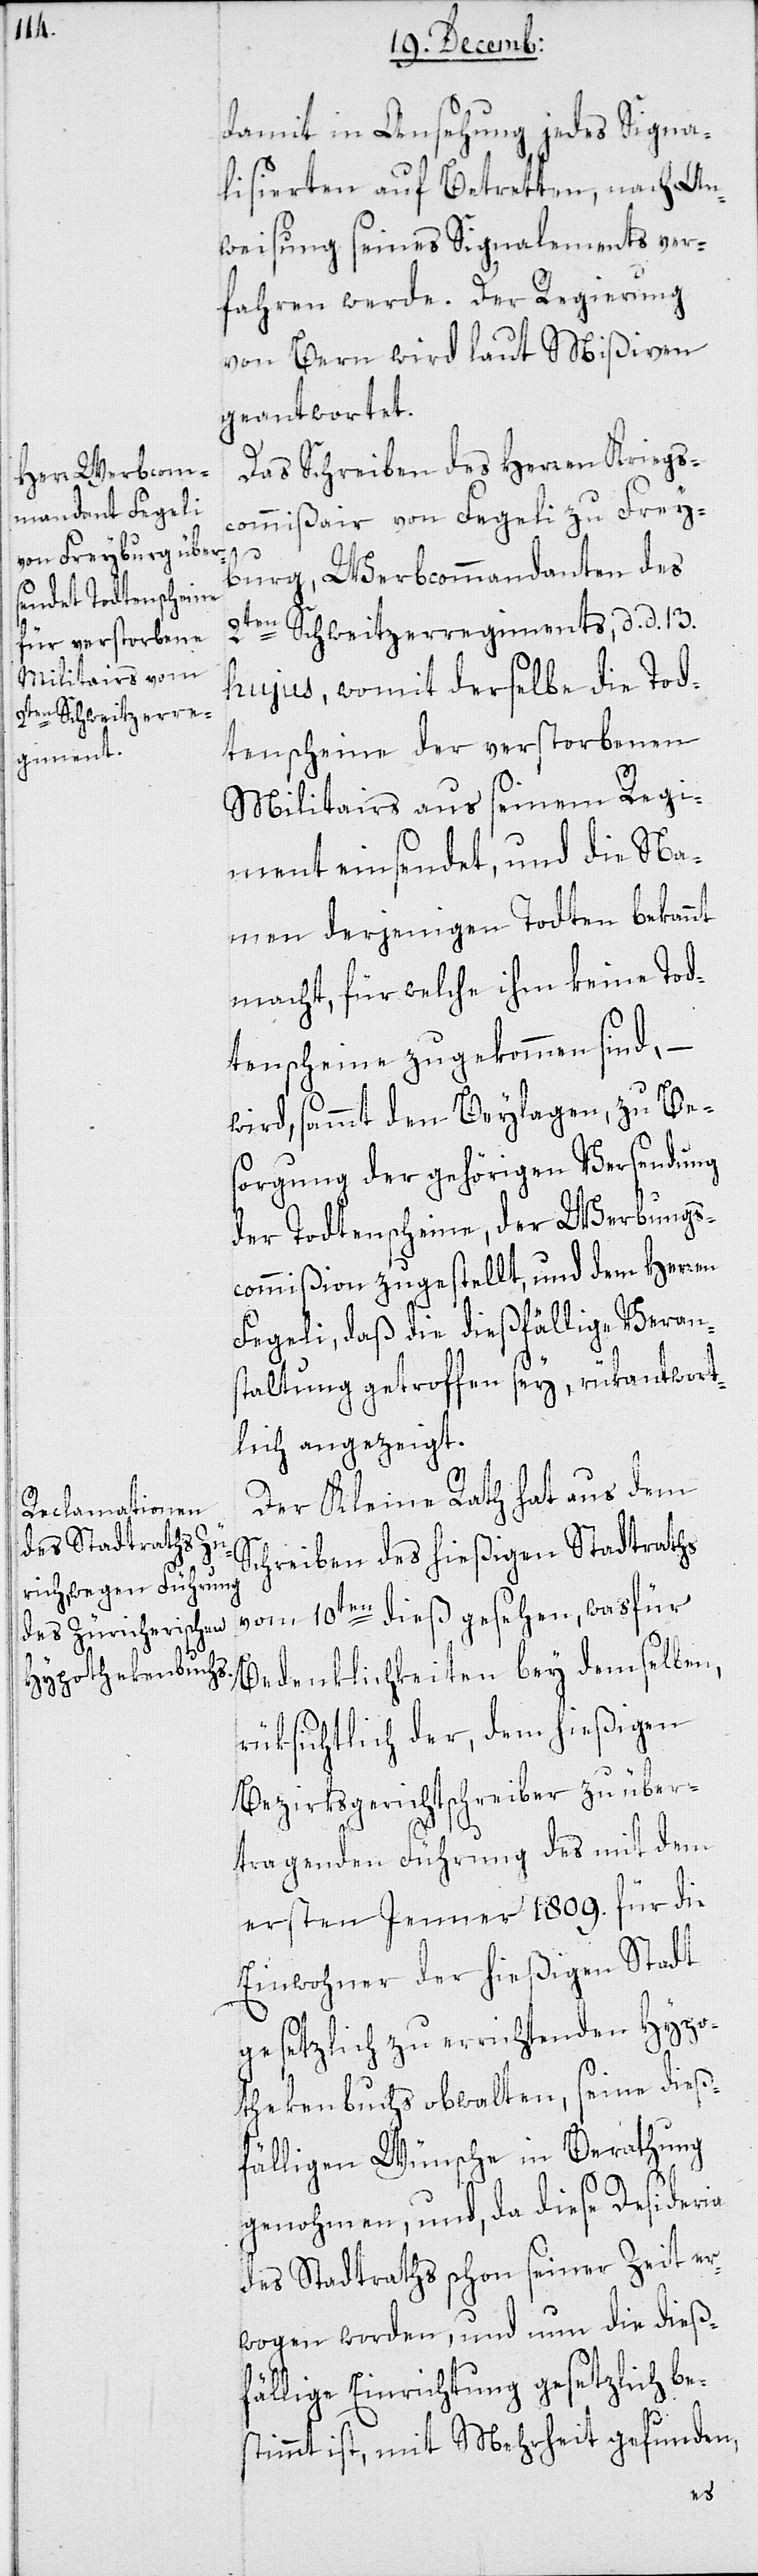
damit in Ansehung jedes Signa¬
lisierten auf Betretten, nach An¬
weisung seines Signalements ver¬
fahren werde. Der Regierung
von Bern wird laut Mißiven
geantwortet.
Das Schreiben des Herren Kriegs¬
commißair von Fegeli zu Frey¬
burg, Werbcommandanten des
2ten Schweitzerregiments, d. d. 13.
hujus, womit derselbe die Tod¬
tenscheine der verstorbenen
Militairs aus seinem Regi¬
ment einsendet, und die Na¬
men derjenigen Todten bekannt
macht, für welche ihm keine Tod¬
tenscheine zugekommen sind, –
wird sammt den Beylagen, zu Be¬
sorgung der gehörigen Versendung
der Todtenscheine, der Werbungs¬
commißion zugestellt, und dem Herren
Fegeli, daß die dießfällige Verans¬
taltung getroffen sey, rükantwort¬
lich angezeigt.
Der Kleine Rath hat aus dem
Schreiben des hießigen Stadtraths
vom 10ten dieß gesehen, was für
Bedenklichkeiten bey demselben,
rüksichtlich der, dem hießigen
Bezirksgerichtschreiber zu über¬
tragenden Führung des mit dem
ersten Jenner 1809. für die
Einwohner der hießigen Stadt
gesetzlich zu errichtenden Hypo¬
thekenbuchs obwalten, seine dieß¬
fälligen Wünsche in Berathung
genohmen, und da diese Desideria
des Stadtraths schon seiner Zeit er¬
wogen worden, und nun die dieß¬
fällige Einrichtung gesetzlich be¬
stimmt ist, mit Mehrheit gefunden,